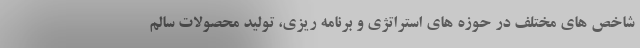
شاخص های مختلف در حوزه های استراتژی و برنامه ریزی، تولید محصولات سالم